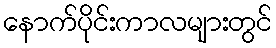
နောက်ပိုင်းကာလများတွင်